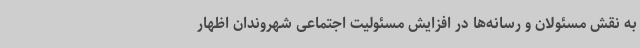
به نقش مسئولان و رسانه‌ها در افزایش مسئولیت اجتماعی شهروندان اظهار